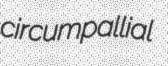
circumpallial